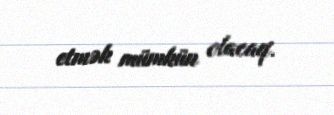
etmək mümkün olacaq.